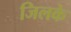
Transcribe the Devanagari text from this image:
जिलके